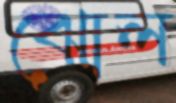
ঝোল